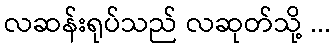
လဆန်းရုပ်သည် လဆုတ်သို့ ...